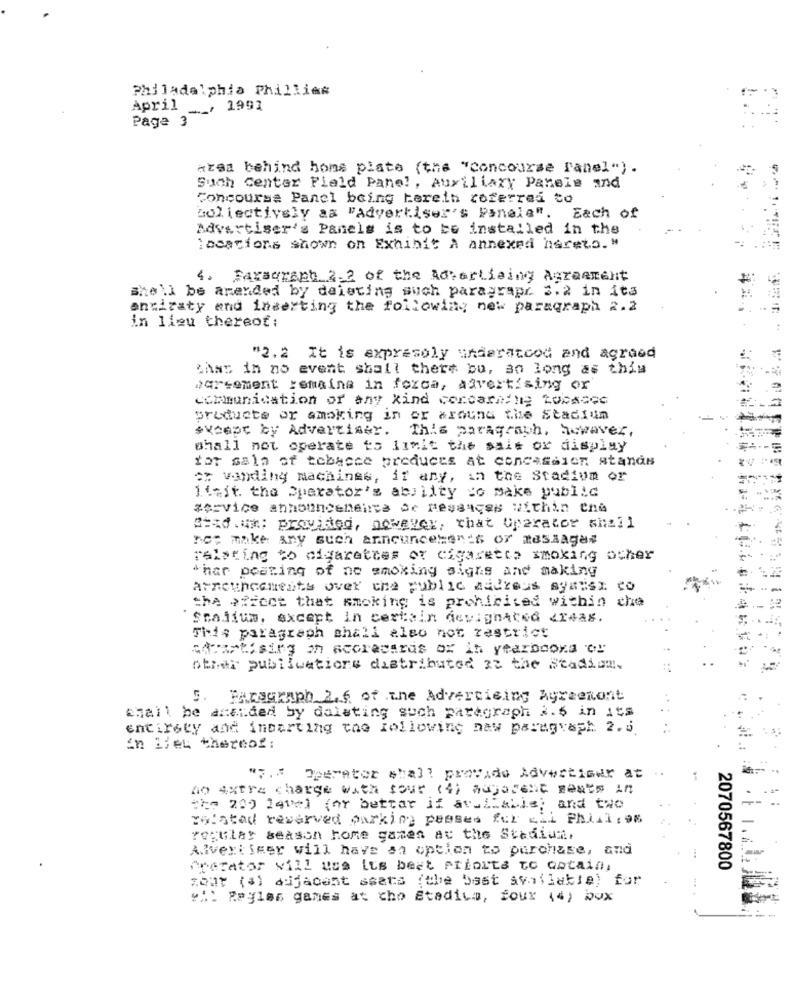
Philadelphia Phillies
April __, 1991
Page 3
Area behind home plate (the "concourse ranel ") .
Such Center Field Panel, Auxiliary Panels and
Concoursa Panel being herein referred to
Boliectively aa "Advertiser's Panela". Each of
Advertiser's Panels is to be installed in the
locations shown on Exhibit A annexed hereto. "
4. Paragraph 2.2 of the Advertising Agreement
she'll be amended by deleting auch paragraph 3.2 in its
entiraty and inserting the following new paragraph 2.2
in lieu thereof:
"2.2 It is expresoly underatcod and agreed
that in no event shall there bu, an long as this
Darsement remaina in forca, advertising or
communication of any kind concerning tobacco
products or amoking in or around the Stadium
#Xeept by Advertiser. This paragraph, however,
shall not operate to limit the sait or display
tor sala of tobacco products at concession stands
** vanding machines, if any, in the Stadium or
limit the Sparator's ability to make public
service announcetteuna de resauces within che
=== d.u *; provited, however, that Operator shall
no: make any such announcements or masaaga#
relating to cigarettes of cigarette smoking ocher
thar posting of no smoking signs and making
Arneuncements over the public Address ajansı to
the effect that smoking is prohibited within che
Srajium, except in certain designated dr4as.
This paragraph shall also not restrict
c4Tastisirg th scorecards ox in yearodoxa oy
other publications distributed at the Stadium.
5. Paragraph 2.6 of the Advertising Agreement
..
shall he anaided by daleting such paragraph 2. 6 in its
entirety and inserting the following naw paragraph 2.5
En Lieu thereof :
"7.# OperAter shall provide Advertiser at .
no extra charge with tour (4) adjacent seats in
the 200 level for better if available; and two
reistad reserved parking passes for cal Phial,os
regular season home games at the Stadium.
A.Iveri Smer will have an option to purchase, and
1.40
frefator vill usa its best Priorts to Qotain,
2070567800
zbar (a) dijacent seats (the best available) for
"i Paylas ganes at cho Stedilo, four (4) box